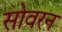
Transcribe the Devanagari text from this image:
सोवरन